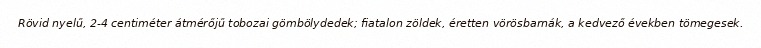
Rövid nyelű, 2-4 centiméter átmérőjű tobozai gömbölydedek; fiatalon zöldek, éretten vörösbarnák, a kedvező években tömegesek.